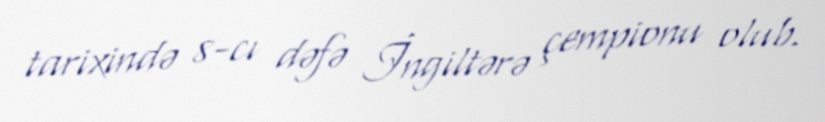
tarixində 8-cı dəfə İngiltərə çempionu olub.